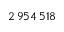
2 \, 9 5 4 \, 5 1 8